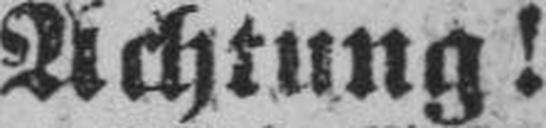
Achtung!